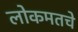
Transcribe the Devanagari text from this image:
लोकमतचे